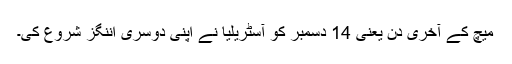
میچ کے آخری دن یعنی 14 دسمبر کو آسٹریلیا نے اپنی دوسری اننگز شروع کی۔